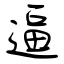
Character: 逼